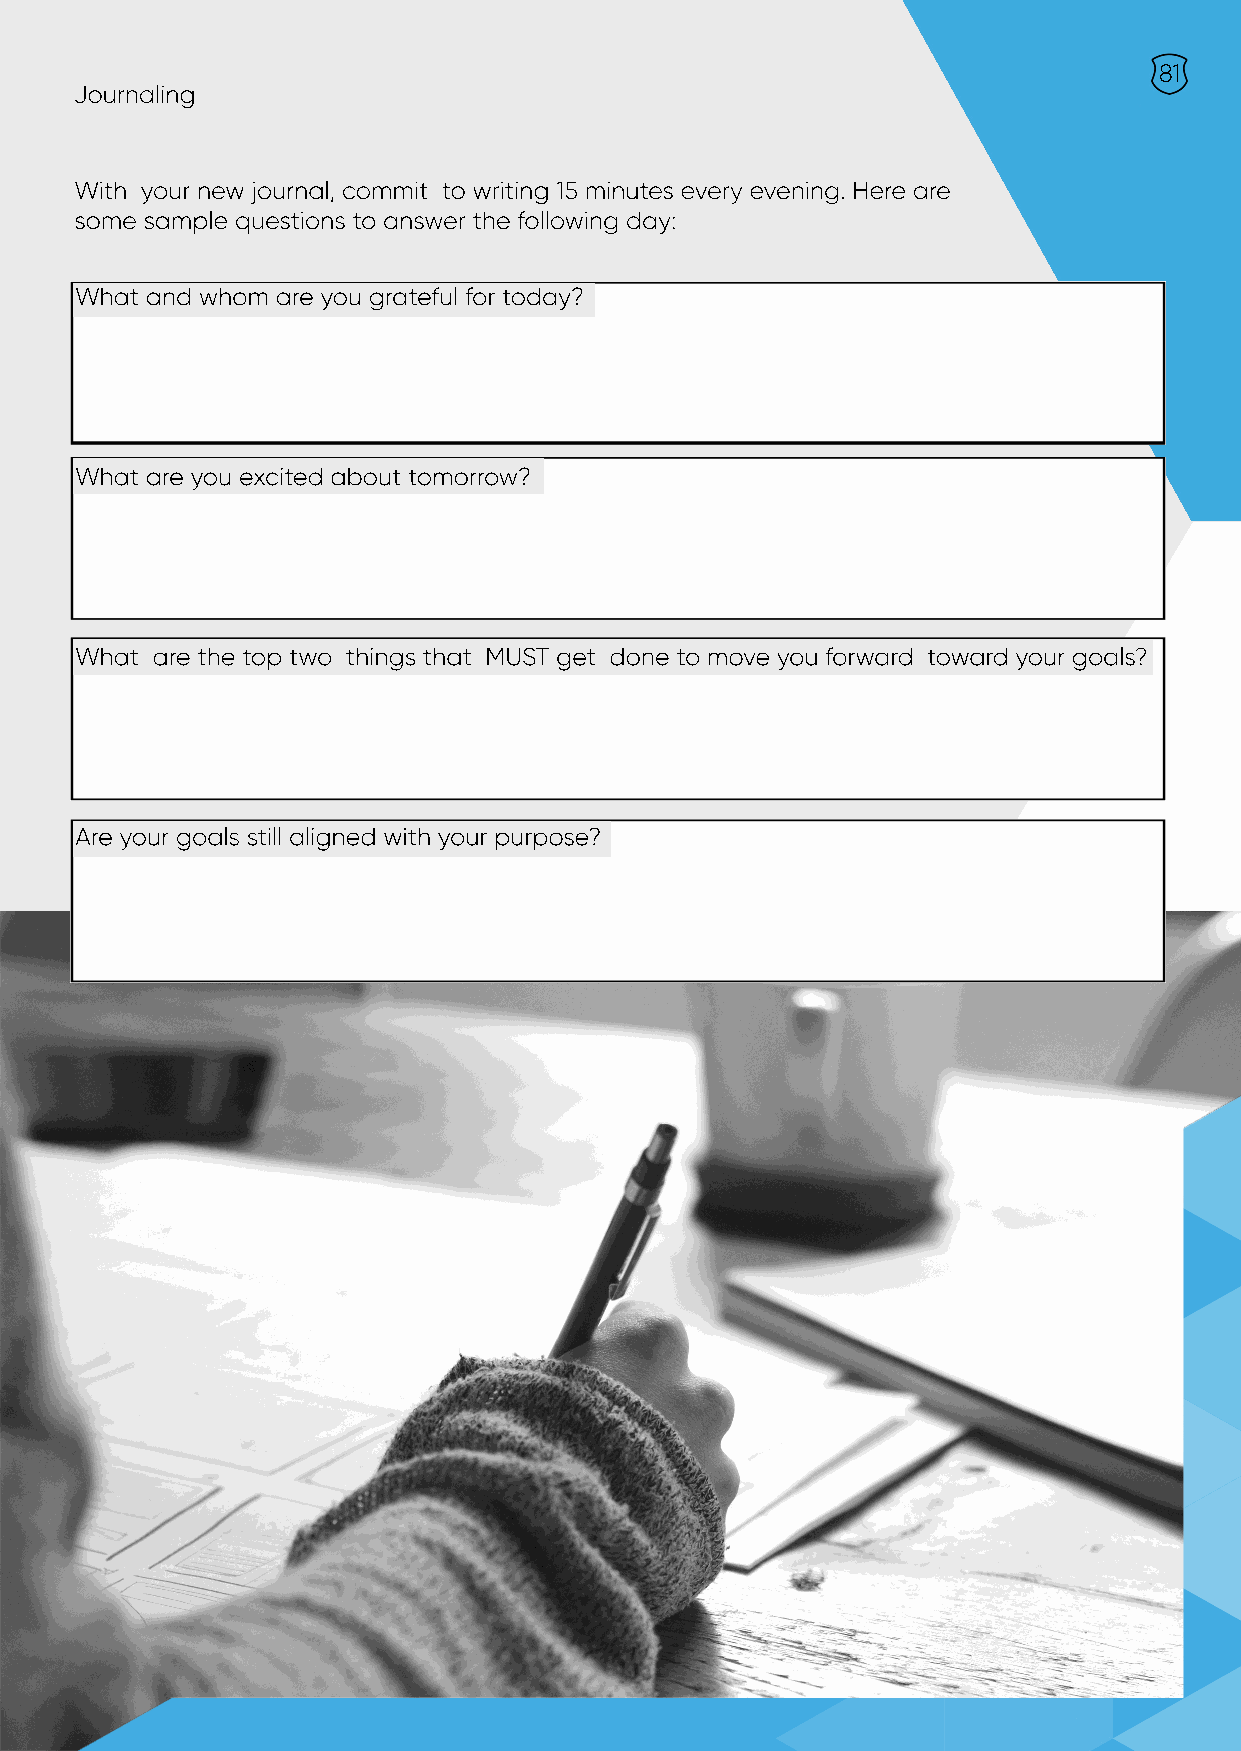
81
 Journaling
 With your new journal, commit to writing 15 minutes every evening. Here are
 some sample questions to answer the following day:
 What and whom are you grateful for today?
 What are you excited about tomorrow?
 What are the top two things that MUST get done to move you forward toward your goals?
 Are your goals still aligned with your purpose?